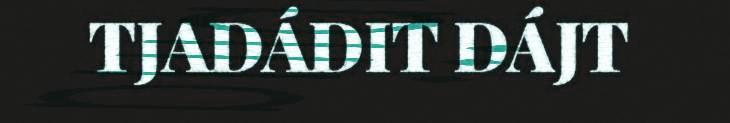
TJADÁDIT DÁJT